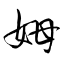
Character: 姆